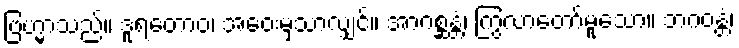
ဗြဟ္မာသည်။ ဒူရတောဝ၊ အဝေးမှသာလျှင်။ အာဂစ္ဆန္တံ၊ ကြွလာတော်မူသော။ ဘဂဝန္တံ၊